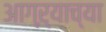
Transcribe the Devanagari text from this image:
आग्ऱ्याच्या